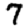
Digit: 7